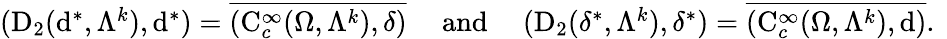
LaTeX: \begin{array}{r}{(\mathrm{D}_{2}(\mathrm{d}^{\ast},\Lambda^{k}),\mathrm{d}^{\ast})=\overline{{(\mathrm{C}_{c}^{\infty}(\Omega,\Lambda^{k}),{\delta})}}\quad\mathrm{~and~}\quad(\mathrm{D}_{2}({\delta}^{\ast},\Lambda^{k}),{\delta}^{\ast})=\overline{{(\mathrm{C}_{c}^{\infty}(\Omega,\Lambda^{k}),\mathrm{d})}}\mathrm{.~}}\end{array}